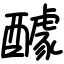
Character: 醵